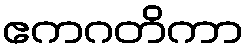
ဧကဂတိကာ